Annual report of the Civil Veterinary Department, Bengal, and of the Bengal Veterinary College for the year 1906-1907 - 1906-1907
Year: 1906
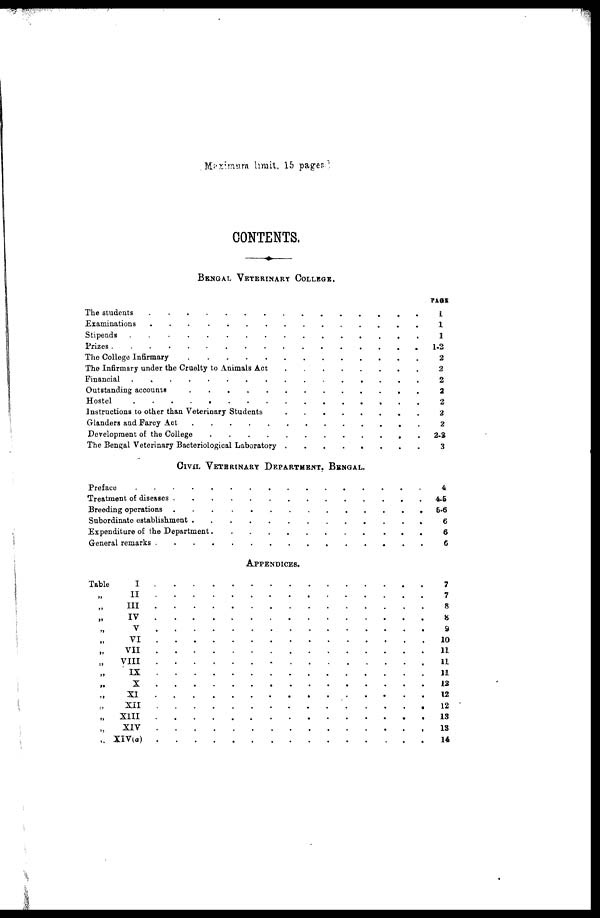
Maximum limit, 15 pages
CONTENTS.
BENGAL VETERINARY COLLEGE.
The students . . . . . . . . . . . . . . .
Examinations . . . . . . . . . . . . . . . . .
Stipends . . . . . . . . . . . . . . . . .
Prizes . . . . . . . . . . . . . . . . .
The College Infirmary . . . . . . . . . . . . . . . . .
The Infirmary under the Cruelty to Animals Act . . . . . . . . . . . . . . . . .
Financial . . . . . . . . . . . . . . . . .
Outstanding accounts . . . . . . . . . . . . . . . . .
Hostel . . . . . . . . . . . . . . . . .
Instructions to other than Veterinary Students . . . . . . . . . . . . . . . . .
Glanders and Farcy Act . . . . . . . . . . . . . . . . .
Development of the College . . . . . . . . . . . . . . . . .
The Bengal Veterinary Bacteriological Laboratory . . . . . . . . . . . . . . . . .
CIVIL VETERINARY DEPARTMENT. BENGAL.
Preface . . . . . . . . . . . . . . . . .
Treatment of discases . . . . . . . . . . . . . . . . .
Breeding operations . . . . . . . . . . . . . . . . .
Subordinate establishment . . . . . . . . . . . . . . . . .
Expenditure of the Department . . . . . . . . . . . . . . . . .
General remarks . . . . . . . . . . . . . . . . .
APPENDICES.
Table
I . . . . . . . . . . . . . . . . .
„ II . . . . . . . . . . . . . . . . .
„
III
.
.
.
.
.
.
.
.
.
.
.
.
.
„ IV
.
.
.
.
.
.
.
.
.
.
.
.
.
„ V . . . . . . . . . . . . . . . . .
„ VI . . . . . . . . . . . . . . . . .
„ VII . . . . . . . . . . . . . . . . .
„
VIII
.
.
.
.
.
.
.
.
.
.
.
.
.
„ IX . . . . . . . . . . . . . . . . .
„ X
.
.
.
.
.
.
.
.
.
.
.
.
.
„ XI . . . . . . . . . . . . . . . . .
„ XII . . . . . . . . . . . . . . . . .
„ XIII
.
.
.
.
.
.
.
.
.
.
.
.
.
„ XIV . . . . . . . . . . . . . . . . .
„ XIV(a)
.
.
.
.
.
.
.
.
.
.
.
.
.
PAGE
1
1
1
2
2
2
2
2
2
2
2-3
3
4
4-5
5-6
6
6
6
7
7
8
8
9
10
11
11
11
12
12
12
13
13
14